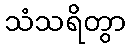
သံသရိတွာ